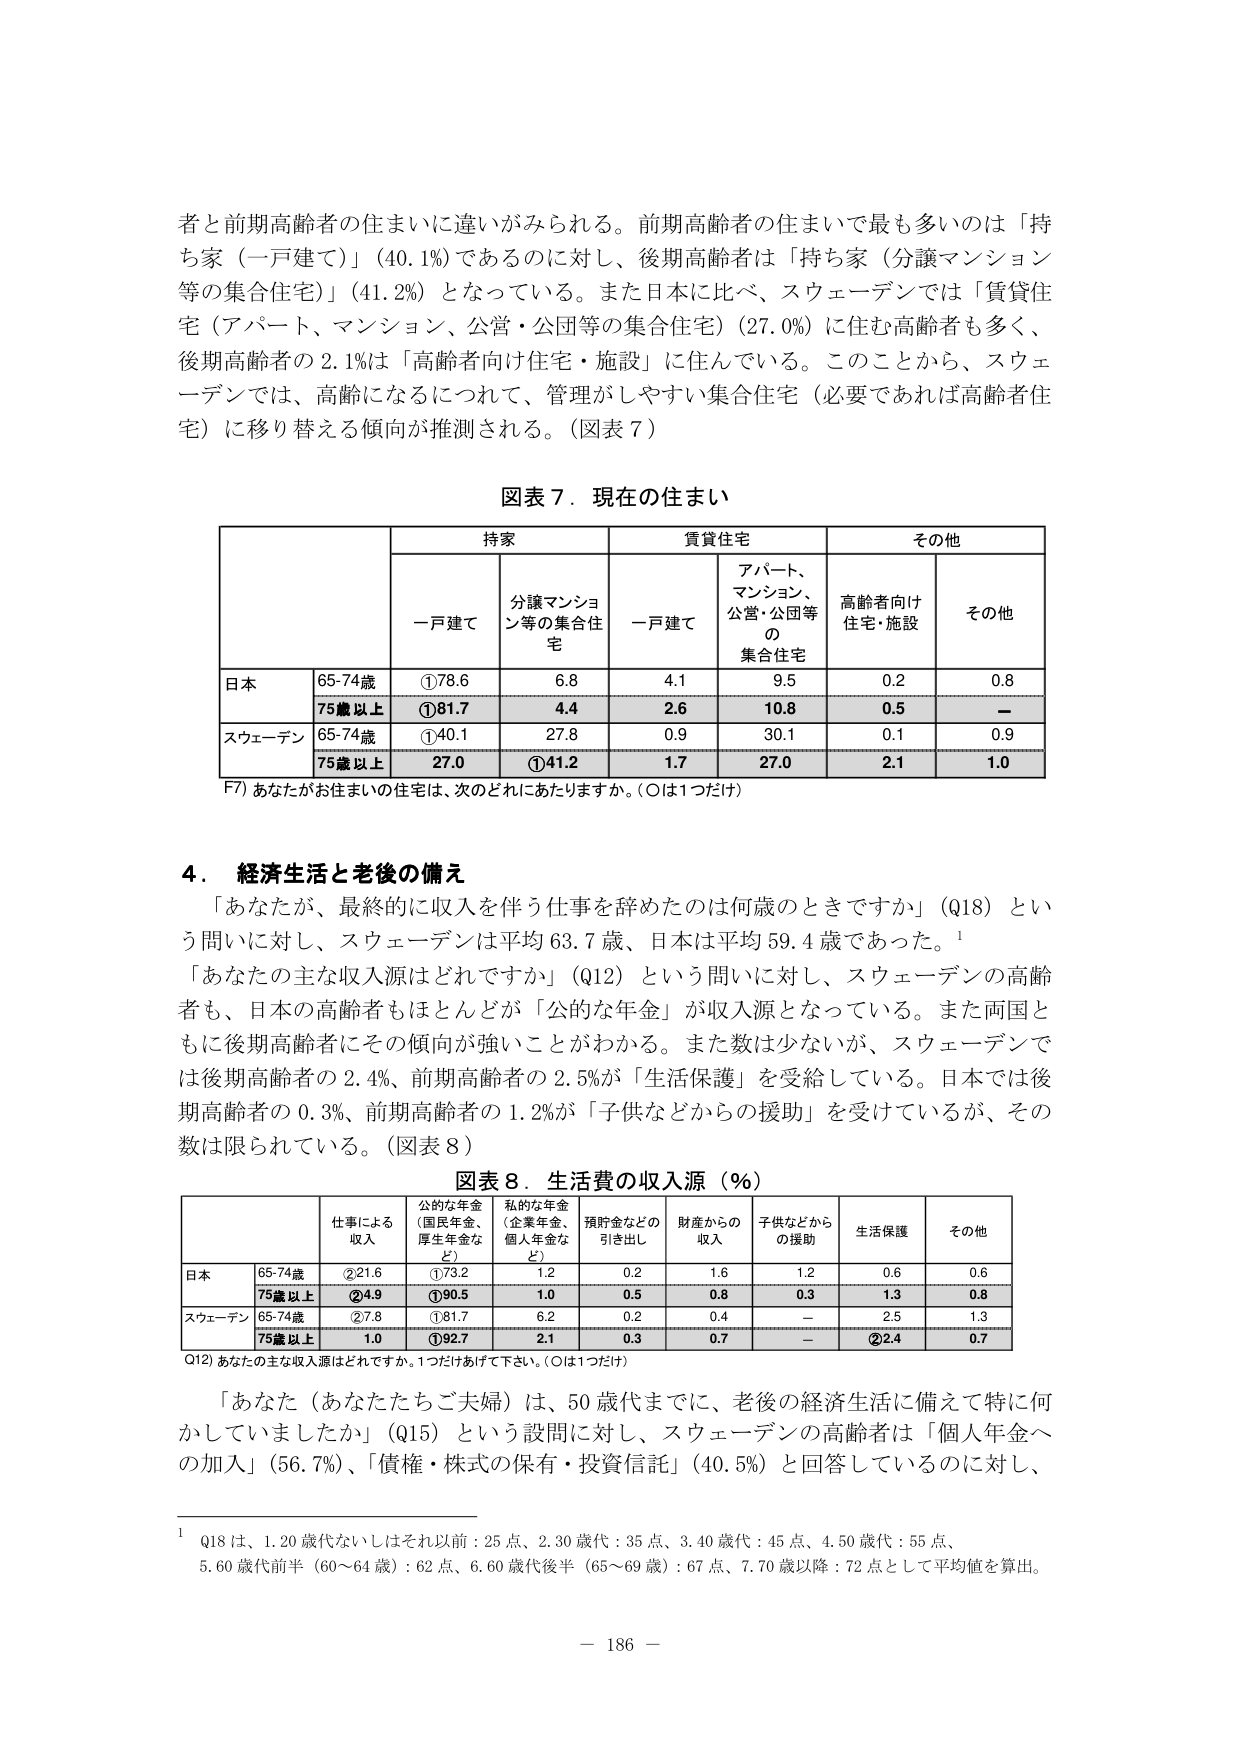
者と前期高齢者の住まいに違いがみられる。前期高齢者の住まいで最も多いのは「持ち家（一戸建て）」（40.1%）であるのに対し、後期高齢者は「持ち家（分譲マンション等の集合住宅）」（41.2%）となっている。また日本に比べ、スウェーデンでは「賃貸住宅（アパート、マンション、公営・公団等の集合住宅）（27.0%）に住む高齢者も多く、後期高齢者の2.1%は「高齢者向け住宅・施設」に住んでいる。このことから、スウェーデンでは、高齢になるにつれて、管理がしやすい集合住宅（必要であれば高齢者住宅）に移り替える傾向が推測される。（図表7）

図表7．現在の住まい

| | | 持家 | | 賃貸住宅 | | その他 | |
|---|---|---|---|---|---|---|---|
| | | 一戸建て | 分譲マンション等の集合住宅 | 一戸建て | アパート、マンション、公営・公団等の集合住宅 | 高齢者向け住宅・施設 | その他 |
| 日本 | 65-74歳 | ①78.6 | 6.8 | 4.1 | 9.5 | 0.2 | 0.8 |
| | 75歳以上 | ①81.7 | 4.4 | 2.6 | 10.8 | 0.5 | — |
| スウェーデン | 65-74歳 | ①40.1 | 27.8 | 0.9 | 30.1 | 0.1 | 0.9 |
| | 75歳以上 | 27.0 | ①41.2 | 1.7 | 27.0 | 2.1 | 1.0 |

F7) あなたがお住まいの住宅は、次のどれにあたりますか。（○は1つだけ）

4．経済生活と老後の備え

「あなたが、最終的に収入を伴う仕事を辞めたのは何歳のときですか」（Q18）という問いに対し、スウェーデンは平均63.7歳、日本は平均59.4歳であった。¹

「あなたの主な収入源はどれですか」（Q12）という問いに対し、スウェーデンの高齢者も、日本の高齢者もほとんどが「公的な年金」が収入源となっている。また両国ともに後期高齢者にその傾向が強いことがわかる。また数は少ないが、スウェーデンでは後期高齢者の2.4%、前期高齢者の2.5%が「生活保護」を受給している。日本では後期高齢者の0.3%、前期高齢者の1.2%が「子供などからの援助」を受けているが、その数は限られている。（図表8）

図表8．生活費の収入源（%）

| | | 仕事による収入 | 公的な年金（国民年金、厚生年金など） | 私的な年金（企業年金、個人年金など） | 預貯金などの引き出し | 財産からの収入 | 子供などからの援助 | 生活保護 | その他 |
|---|---|---|---|---|---|---|---|---|---|
| 日本 | 65-74歳 | ②21.6 | ①73.2 | 1.2 | 0.2 | 1.6 | 1.2 | 0.6 | 0.6 |
| | 75歳以上 | ②4.9 | ①90.5 | 1.0 | 0.5 | 0.8 | 0.3 | 1.3 | 0.8 |
| スウェーデン | 65-74歳 | ②7.8 | ①81.7 | 6.2 | 0.2 | 0.4 | — | 2.5 | 1.3 |
| | 75歳以上 | 1.0 | ①92.7 | 2.1 | 0.3 | 0.7 | — | ②2.4 | 0.7 |

Q12) あなたの主な収入源はどれですか。1つだけあげて下さい。（○は1つだけ）

「あなた（あなたたちご夫婦）は、50歳代までに、老後の経済生活に備えて特に何かしていましたか」（Q15）という設問に対し、スウェーデンの高齢者は「個人年金への加入」（56.7%）、「債権・株式の保有・投資信託」（40.5%）と回答しているのに対し、

¹ Q18は、1.20歳代ないしはそれ以前：25点、2.30歳代：35点、3.40歳代：45点、4.50歳代：55点、5.60歳代前半（60～64歳）：62点、6.60歳代後半（65～69歳）：67点、7.70歳以降：72点として平均値を算出。

— 186 —